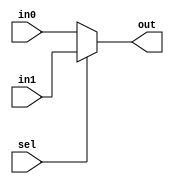
module mux_2x1 #(parameter DATA_WIDTH = 32) (in1, in0, sel, out);

input [DATA_WIDTH-1:0] in1;
input [DATA_WIDTH-1:0] in0;
input sel;
output [DATA_WIDTH-1:0] out;

assign out=sel?in1:in0;

endmodule

///////example of use:///////
//mux_2x1 #(.DATA_WIDTH(32)
//         )mux_2x1_u5(.in1(Inst_15_0_signext), 
//                     .in0(gpr_rd_data2     ), 
//                     .sel(ALUSrc           ), 
//                     .out(ALU_datain2_src0 )
//                    )